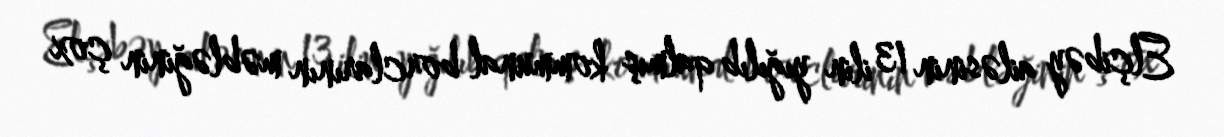
Elçibəy ailəsinin 13 ilin yığılıb qalmış kommunal borclarının məbləğinin çox